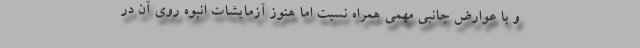
و با عوارض جانبی مهمی همراه نسیت اما هنوز آزمایشات انبوه روی آن در